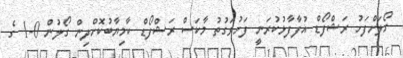
ގޯލަށްފަހު ރަޝްފޯޑް އުފާފާޅުކުރަނީ ފަހުވަގުތު މާކަސް ރަޝްފޯޑް ކާމިޔާބުކޮށްދިން ގޯލުން 0-1 ގެ